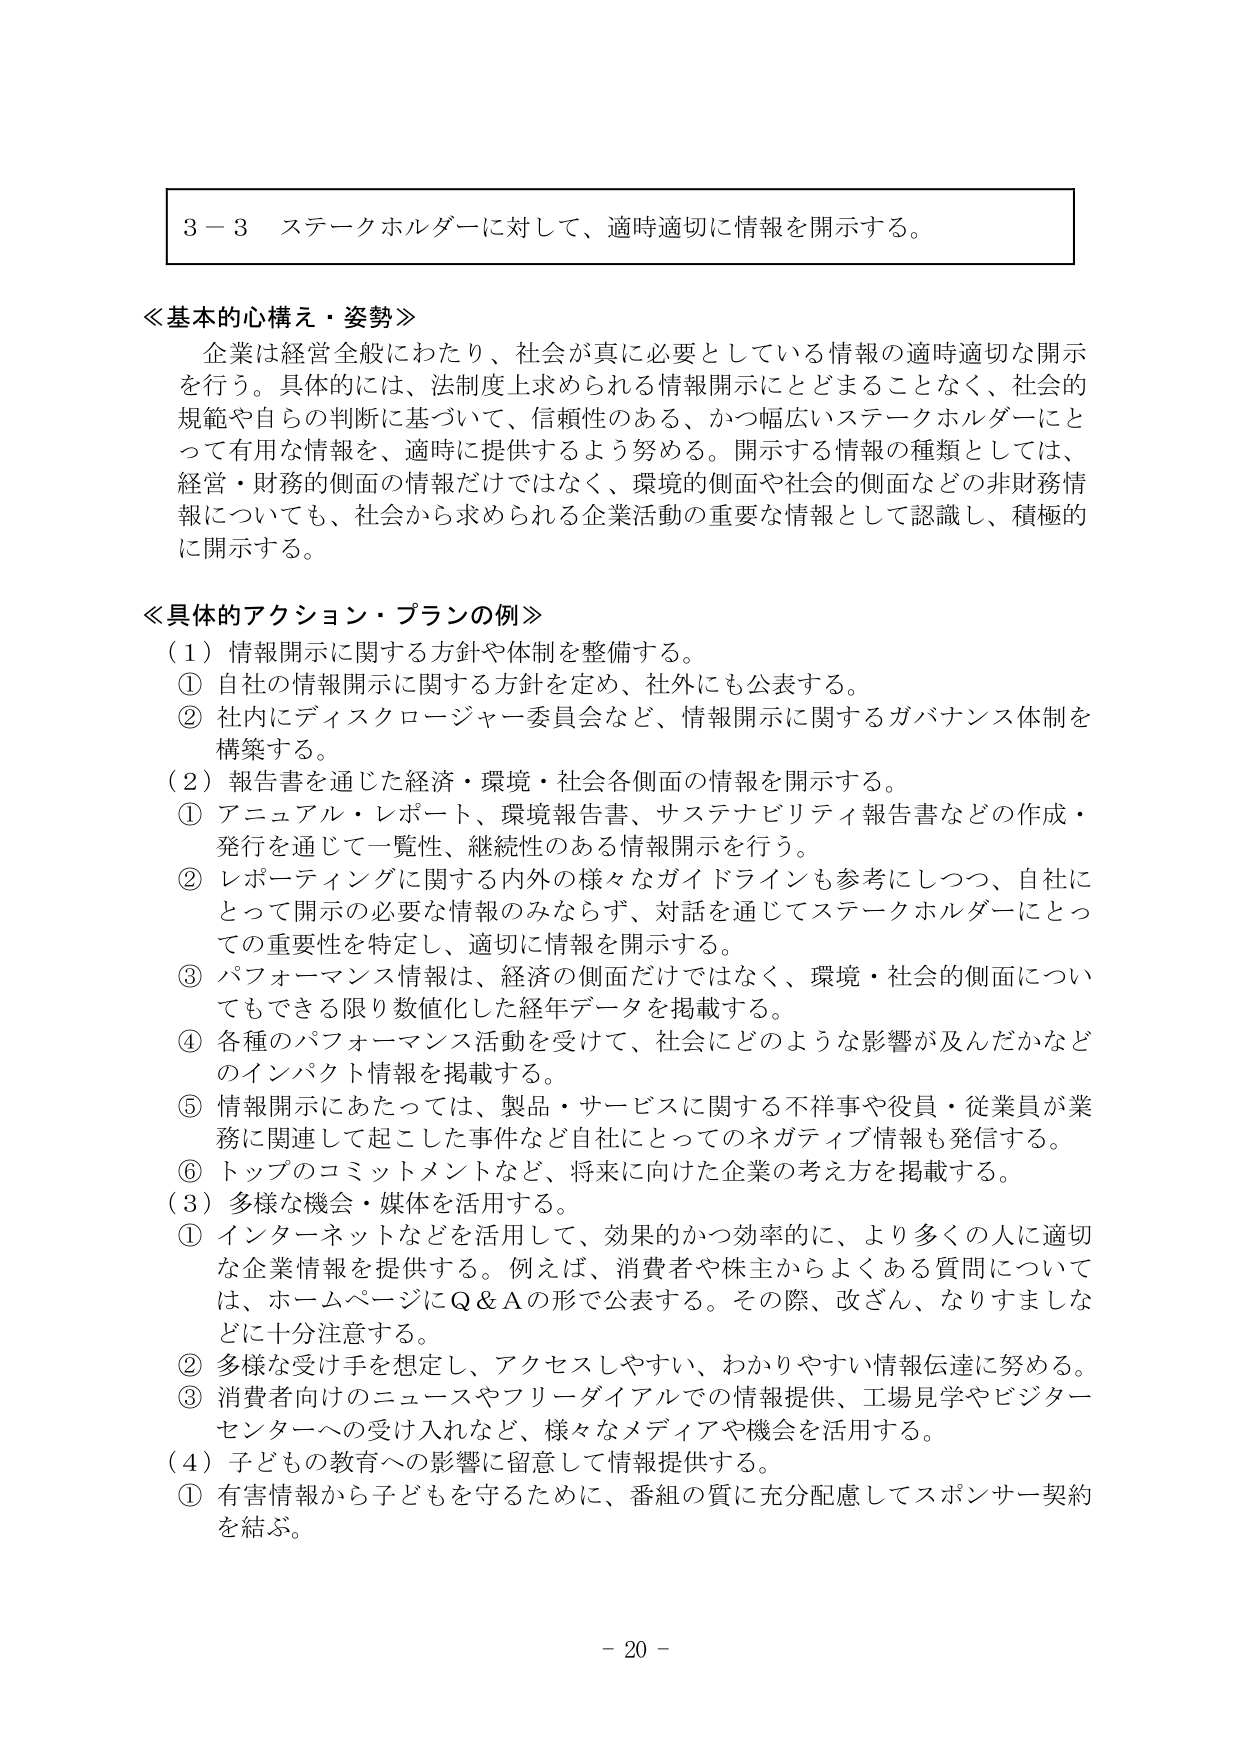
3－3 ステークホルダーに対して、適時適切に情報を開示する。

≪基本的心構え・姿勢≫
企業は経営全般にわたり、社会が真に必要としている情報の適時適切な開示を行う。具体的には、法制度上求められる情報開示にとどまることなく、社会的規範や自らの判断に基づいて、信頼性のある、かつ幅広いステークホルダーにとって有用な情報を、適時に提供するよう努める。開示する情報の種類としては、経営・財務的側面の情報だけではなく、環境的側面や社会的側面などの非財務情報についても、社会から求められる企業活動の重要な情報として認識し、積極的に開示する。

≪具体的アクション・プランの例≫
（1）情報開示に関する方針や体制を整備する。
① 自社の情報開示に関する方針を定め、社外にも公表する。
② 社内でディスクロージャー委員会など、情報開示に関するガバナンス体制を構築する。
（2）報告書を通じた経済・環境・社会各側面の情報を開示する。
① アニュアル・レポート、環境報告書、サステナビリティ報告書などの作成・発行を通じて一覧性、継続性のある情報開示を行う。
② レポーティングに関する内外の様々なガイドラインも参考にしつつ、自社にとって開示の必要な情報のみならず、対話を通じてステークホルダーにとっての重要性を特定し、適切に情報を開示する。
③ パフォーマンス情報は、経済の側面だけではなく、環境・社会的側面についてもできる限り数値化した経年データを掲載する。
④ 各種のパフォーマンス活動を受けて、社会にどのような影響が及んだかなどのインパクト情報を掲載する。
⑤ 情報開示にあたっては、製品・サービスに関する不祥事や役員・従業員が業務に関連して起こした事件など自社にとってのネガティブ情報も発信する。
⑥ トップのコミットメントなど、将来に向けた企業の考え方を掲載する。
（3）多様な機会・媒体を活用する。
① インターネットなどを活用して、効果的かつ効率的に、より多くの人に適切な企業情報を提供する。例えば、消費者や株主からよくある質問については、ホームページにQ＆Aの形で公表する。その際、改ざん、なりすましなどに十分注意する。
② 多様な受け手を想定し、アクセスしやすい、わかりやすい情報伝達に努める。
③ 消費者向けのニュースやフリーダイアルでの情報提供、工場見学やビジターセンターへの受け入れなど、様々なメディアや機会を活用する。
（4）子どもの教育への影響に留意して情報提供する。
① 有害情報から子どもを守るために、番組の質に充分配慮してスポンサー契約を結ぶ。

－ 20 －